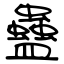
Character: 蠱